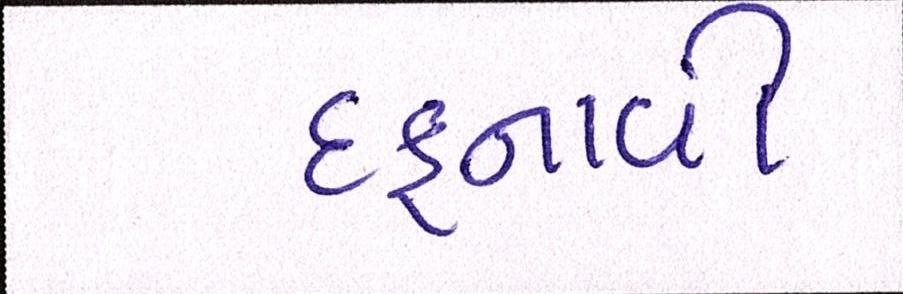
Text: દફનાવી